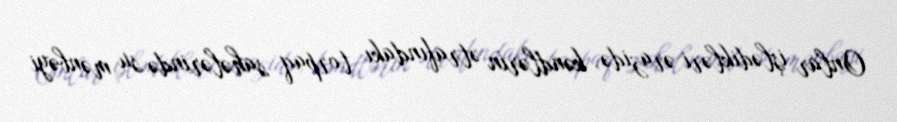
Onlar işlədikləri ərazidə, kəndlərin ətrafındakı torpaq sahələrində su mənbəyi